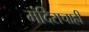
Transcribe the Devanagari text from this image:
मंदिराचाही